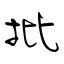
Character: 批